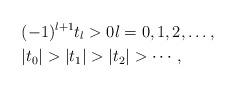
LaTeX: \begin{align*}& (-1)^{l+1} t_{l} > 0 l = 0,1,2,\ldots, \\& | t_{0} | > | t_{1} | > | t_{2} | > \cdots, \end{align*}